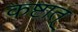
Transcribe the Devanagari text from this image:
कष्टात्